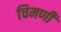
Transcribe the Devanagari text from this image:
चिमणीं